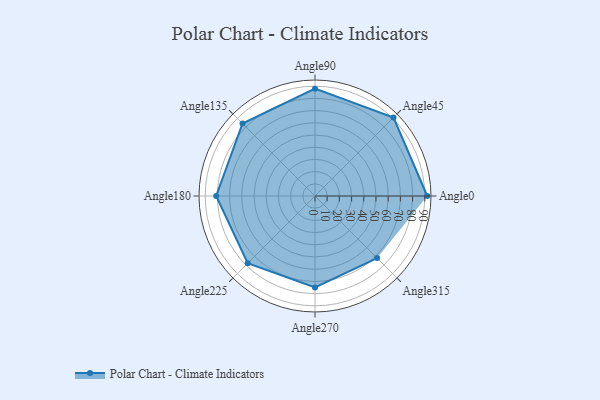
{"axis": {"x": "Angle", "y": "Radius"}, "legend": [""], "data": [{"x": "Angle0", "y": 92.0, "type": ""}, {"x": "Angle45", "y": 91.0, "type": ""}, {"x": "Angle90", "y": 88.0, "type": ""}, {"x": "Angle135", "y": 84.0, "type": ""}, {"x": "Angle180", "y": 81.0, "type": ""}, {"x": "Angle225", "y": 78.0, "type": ""}, {"x": "Angle270", "y": 75.0, "type": ""}, {"x": "Angle315", "y": 72.0, "type": ""}]}